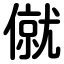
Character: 僦